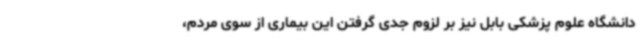
دانشگاه علوم پزشکی بابل نیز بر لزوم جدی گرفتن این بیماری از سوی مردم،